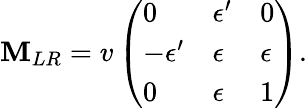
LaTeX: \mathbf{M}_{LR}=v\left(\begin{array}{lll}{{0}}&{{\epsilon^{\prime}}}&{{0}}\\ {{-\epsilon^{\prime}}}&{{\epsilon}}&{{\epsilon}}\\ {{0}}&{{\epsilon}}&{{1}}\end{array}\right).